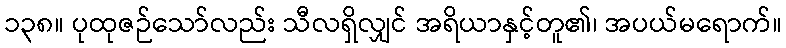
၁၃၈။ ပုထုဇဉ်သော်လည်း သီလရှိလျှင် အရိယာနှင့်တူ၏၊ အပယ်မရောက်။